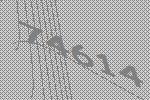
74614